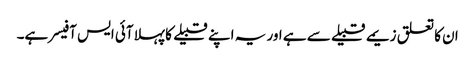
ان کا تعلق زیمے قبیلے سے ہے اور یہ اپنے قبیلے کا پہلا آئی ایس آفیسر ہے۔